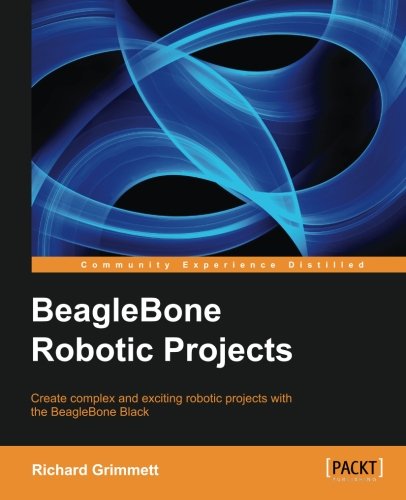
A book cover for BeagleBone Robotic Projects; Richard Grimmett; Computers & Technology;